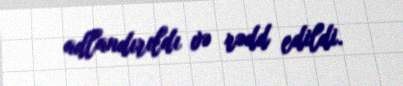
adlandırıldı və rədd edildi.